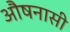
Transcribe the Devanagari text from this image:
औषनासी